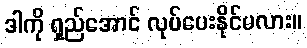
ဒါကို ရှည်အောင် လုပ်ပေးနိုင်မလား။